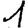
Digit: 1